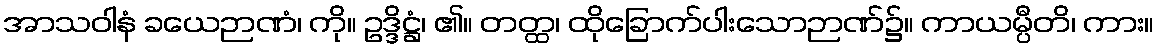
အာသဝါနံ ခယေဉာဏံ၊ ကို။ ဥဒ္ဒိဋ္ဌံ၊ ၏။ တတ္ထ၊ ထိုခြောက်ပါးသောဉာဏ်၌။ ကာယမ္ပီတိ၊ ကား။